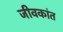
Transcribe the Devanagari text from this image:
जीवकांत